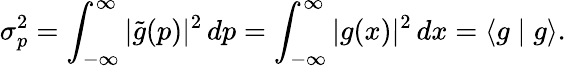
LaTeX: \sigma_{p}^{2}=\int_{-\infty}^{\infty}|{\tilde{g}}(p)|^{2}\, dp=\int_{-\infty}^{\infty}|g(x)|^{2}\, dx=\langle g\mid g\rangle.